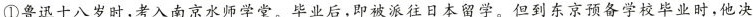
①鲁迅十八岁时,考入南京水师学堂。毕业后,即被派往日本留学。但到东京预备学校毕业时，他决